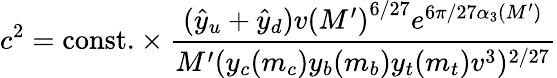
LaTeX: c^{2}=\mathrm{const.}\times\frac{(\hat{y}_{u}+\hat{y}_{d})v{(M^{\prime})}^{6/27}e^{6\pi/27\alpha_{3}(M^{\prime})}}{M^{\prime}(y_{c}(m_{c})y_{b}(m_{b})y_{t}(m_{t})v^{3})^{2/27}}